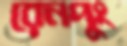
রেনপুং